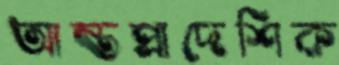
আন্তপ্রাদেশিক